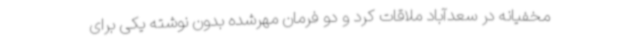
مخفیانه در سعدآباد ملاقات کرد و دو فرمان مهرشده بدون نوشته یکی برای